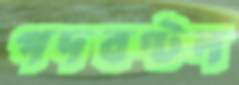
পদবণ্টন